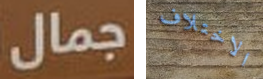
جمال الاختلاف